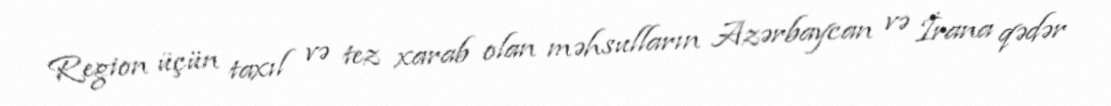
Region üçün taxıl və tez xarab olan məhsulların Azərbaycan və İrana qədər